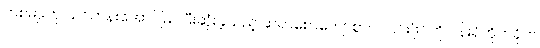
တစ်မျိုးဟု သင်တန်းအောင်မြင်ပြီးဆုံးခဲ့သည့် ဆရာစောကျော်စွာက ၎င်းဖိုင်ကို ဝန်းရံတိုက်ခိုက်